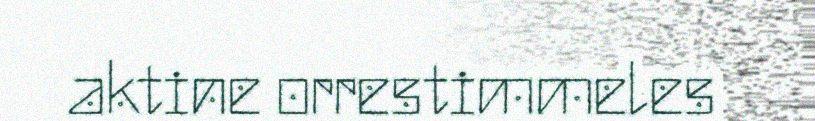
aktine orrestimmeles